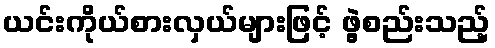
ယင်းကိုယ်စားလှယ်များဖြင့် ဖွဲ့စည်းသည့်